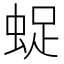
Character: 𧋥